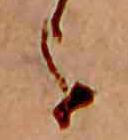
を